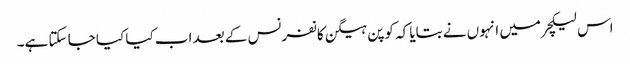
اس لیکچرمیں انہوں نے بتایا کہ کوپن ہیگن کانفرنس کے بعد اب کیا کیا جا سکتا ہے۔